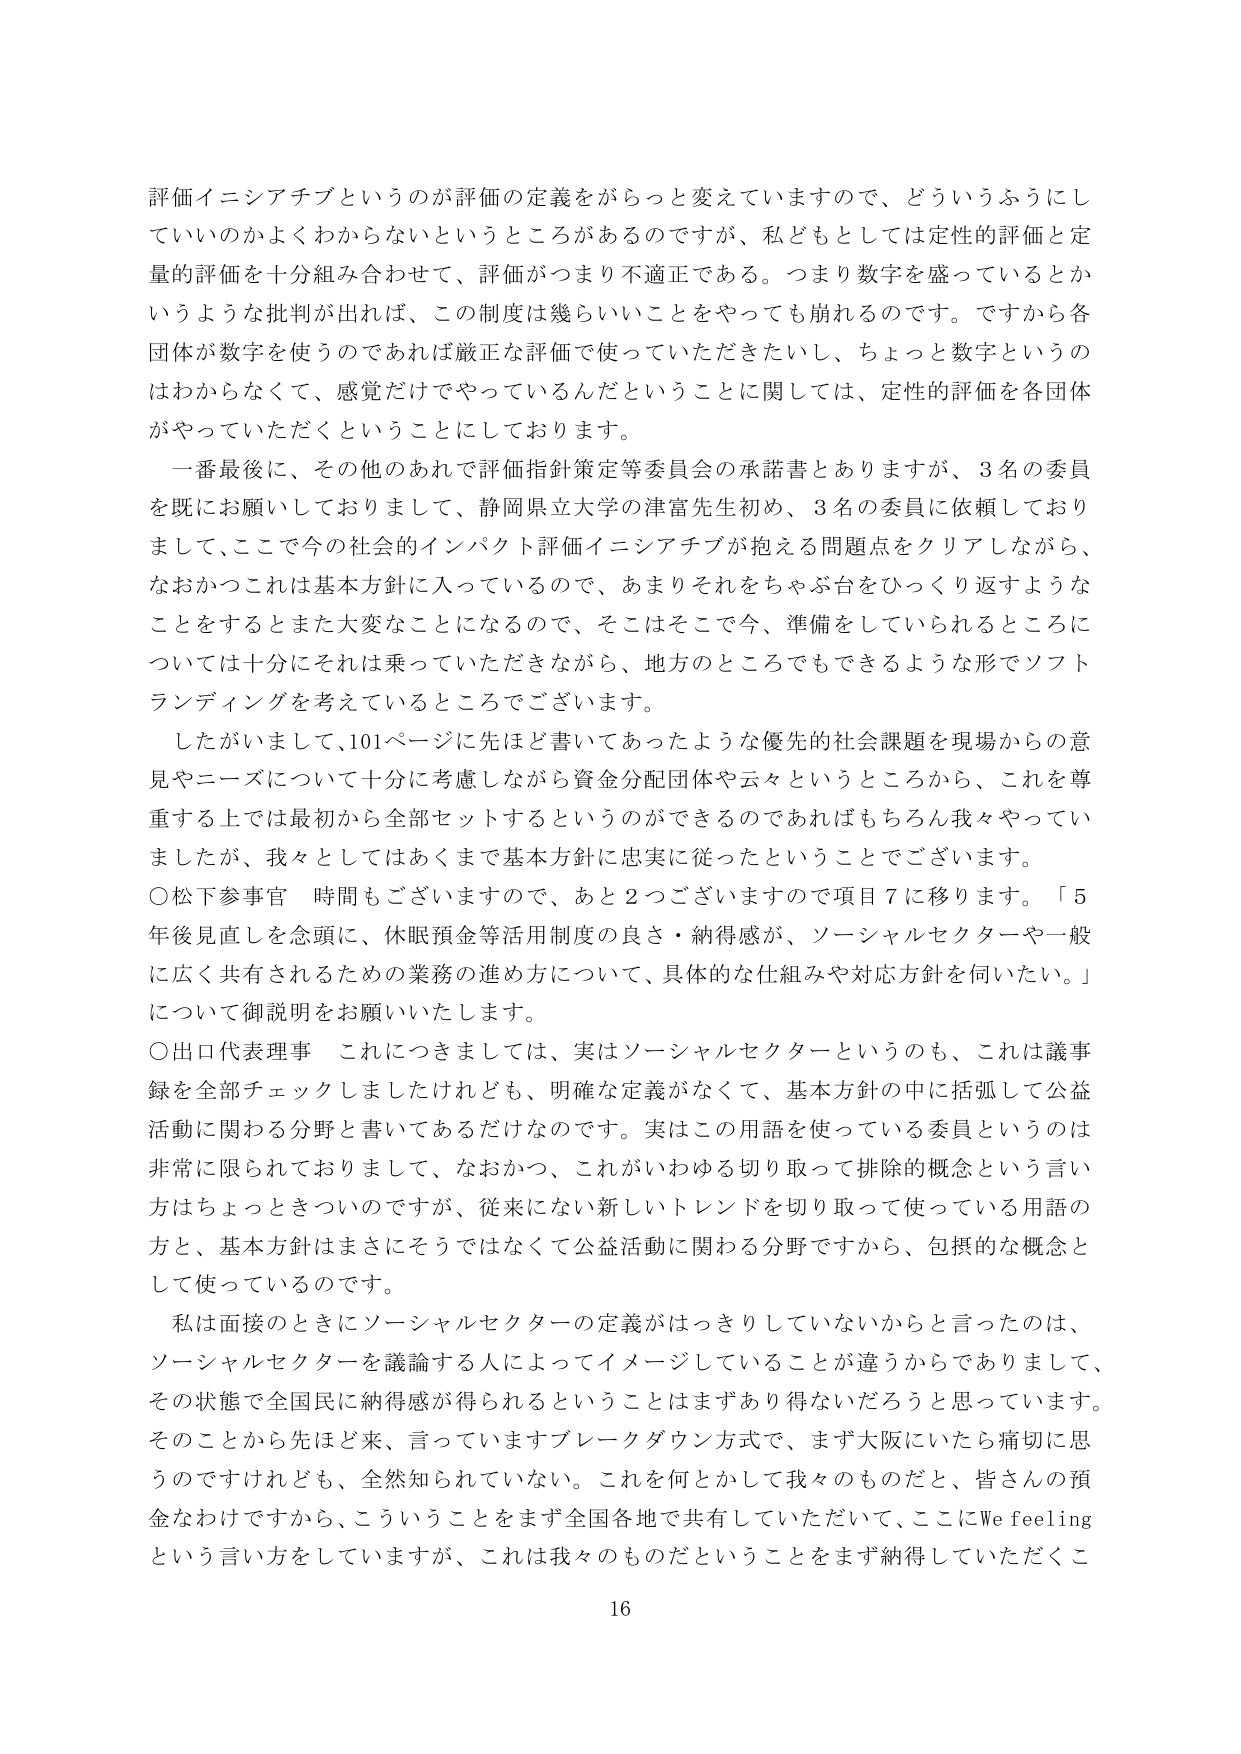
評価イニシアチブというのが評価の定義をがらっと変えていますので、どういうふうにし
ていいのかよくわからないというところがあるのですが、私どもとしては定性的評価と定
量的評価を十分組み合わせて、評価がつまり不適正である。つまり数字を盛っているとか
いうような批判が出れば、この制度は幾らいいことをやっても崩れるのです。ですから各
団体が数字を使うのであれば厳正な評価で使っていただきたいし、ちょっと数字というの
はわからなくて、感覚だけでやっているんだということに関しては、定性的評価を各団体
がやっていただくということにしております。

一番最後に、その他のおれで評価指針策定等委員会の承諾書とありますが、3名の委員
を既にお願いしておりまして、静岡県立大学の津富先生初め、3名の委員に依頼しており
まして、ここで今の社会的インパクト評価イニシアチブが抱える問題点をクリアしながら、
なおかつこれは基本方針に入っているので、あまりそれをちゃぶ台をひっくり返すような
ことをするとまた大変なことになるので、そこはそこで今、準備をしていられるところに
ついては十分にそれは乗っていただきながら、地方のところでもできるような形でソフト
ランディングを考えているところでございます。

したがいまして、101ページに先ほど書いてあったような優先的社会課題を現場からの意
見やニーズについて十分に考慮しながら資金分配団体や云々というところから、これを尊
重する上では最初から全部セットするということができるのであればもちろん我々やってい
ましたが、我々としてはあくまで基本方針に忠実に従ったということでございます。

〇松下参事官　時間もございますので、あと2つございますので項目7に移ります。「5
年後見直しを念頭に、休眠預金等活用制度の良さ・納得感が、ソーシャルセクターや一般
に広く共有されるための業務の進め方について、具体的な仕組みや対応方針を伺いたい。」
について御説明をお願いいたします。

〇出口代表理事　これにつきましては、実はソーシャルセクターというのも、これは議事
録を全部チェックしましたけれども、明確な定義がなくて、基本方針の中に括弧して公益
活動に関わる分野と書いてあるだけなのです。実はこの用語を使っている委員というのは
非常に限られておりまして、なおかつ、これがいわゆる切り取って排除的概念という言い
方はちょっときついのですが、従来にない新しいトレンドを切り取って使っている用語の
方と、基本方針はまさにそうではなくて公益活動に関わる分野ですから、包摂的な概念と
して使っているのです。

私は面接のときにソーシャルセクターの定義がはっきりしていないからと言ったのは、
ソーシャルセクターを議論する人によってイメージしていることが違うからでありまして、
その状態で全国民に納得感が得られるということはまずあり得ないだろうと思っています。
そのことから先ほど来、言っていますブレークダウン方式で、まず大阪にいたら痛切に思
うのですけれども、全然知られていない。これを何とかして我々のものだと、皆さんの預
金なわけですから、こういうことをまず全国各地で共有していただいて、ここにWe feeling
という言い方をしていますが、これは我々のものだということをまず納得していただくこ

16